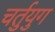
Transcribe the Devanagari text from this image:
चर्तुयुग